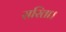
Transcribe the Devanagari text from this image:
सरिता।